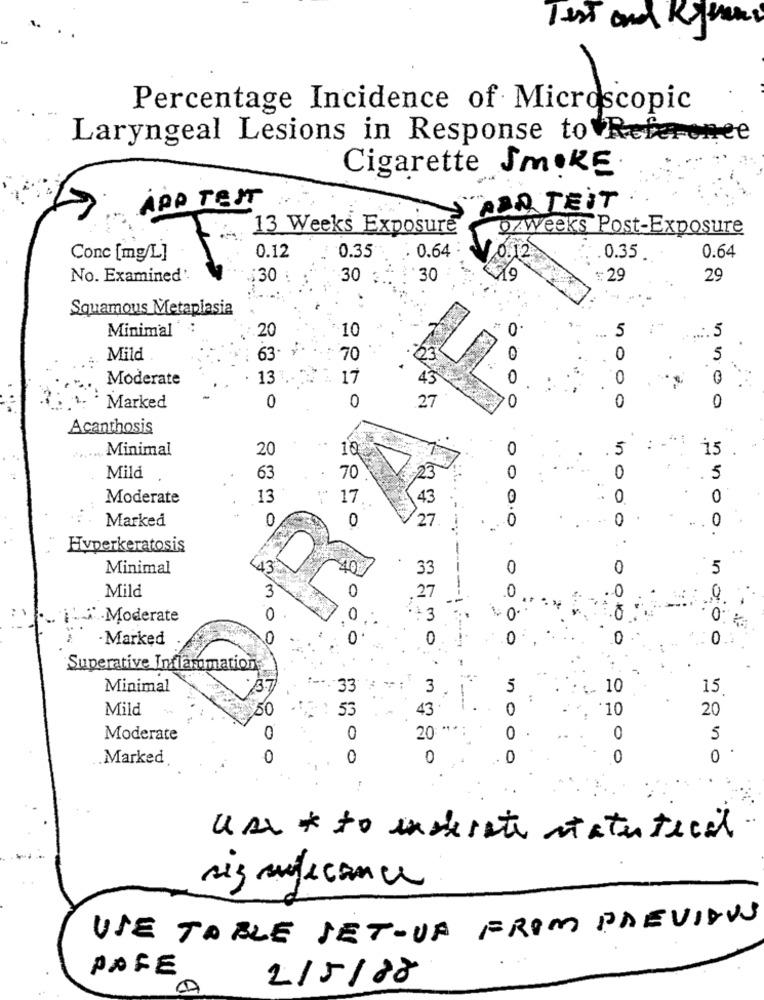
Test and Rye
Percentage Incidence of Microscopic
Laryngeal Lesions in Response to Refer
Respon
gee
Cigarette SMOKE
APP TEST
ABD TEIT
13 Weeks Exposure
0%Weeks Post-Exposure
0.12
0.64
0.64
Conc [mg/L]
0.35
0.12
.0.35
No. Examined'.
$30 :
30
30
79
$ 29
29
...:
Squamous Metaplasia
Minimal
20
10
0
5
.... 5
...
Mild
63.
70
0
0
5
Moderate
13
17
45
0
0
0
0
0
0
Marked
0
27
Acanthosis
Minimal
20
10
0
.5
15
0
Mild
63
70
23
0
5
Moderate
13
17
..
43
0
0
Marked
0
0
0.0
0
0
27.
.
Hyperkeratosis
Minimal
43
40
33
0
0
5
Mild
3
0
0
0
27
Moderate
0
0
.73
0
· Marked
0
0
0
0
0
0:00
..
Superative Inflammation
-
Minimal
".33
3
5
10
15
Mild
50
: 53
43
0
:10
20
20 **
Moderate
0
0
0
5
Marked
0
$ 800
0
0
0
0
0
Use* to indicate statutical
sig suficance
USE TABLE SET-UP FROM PREVIOUS
PAGE
2/5/88